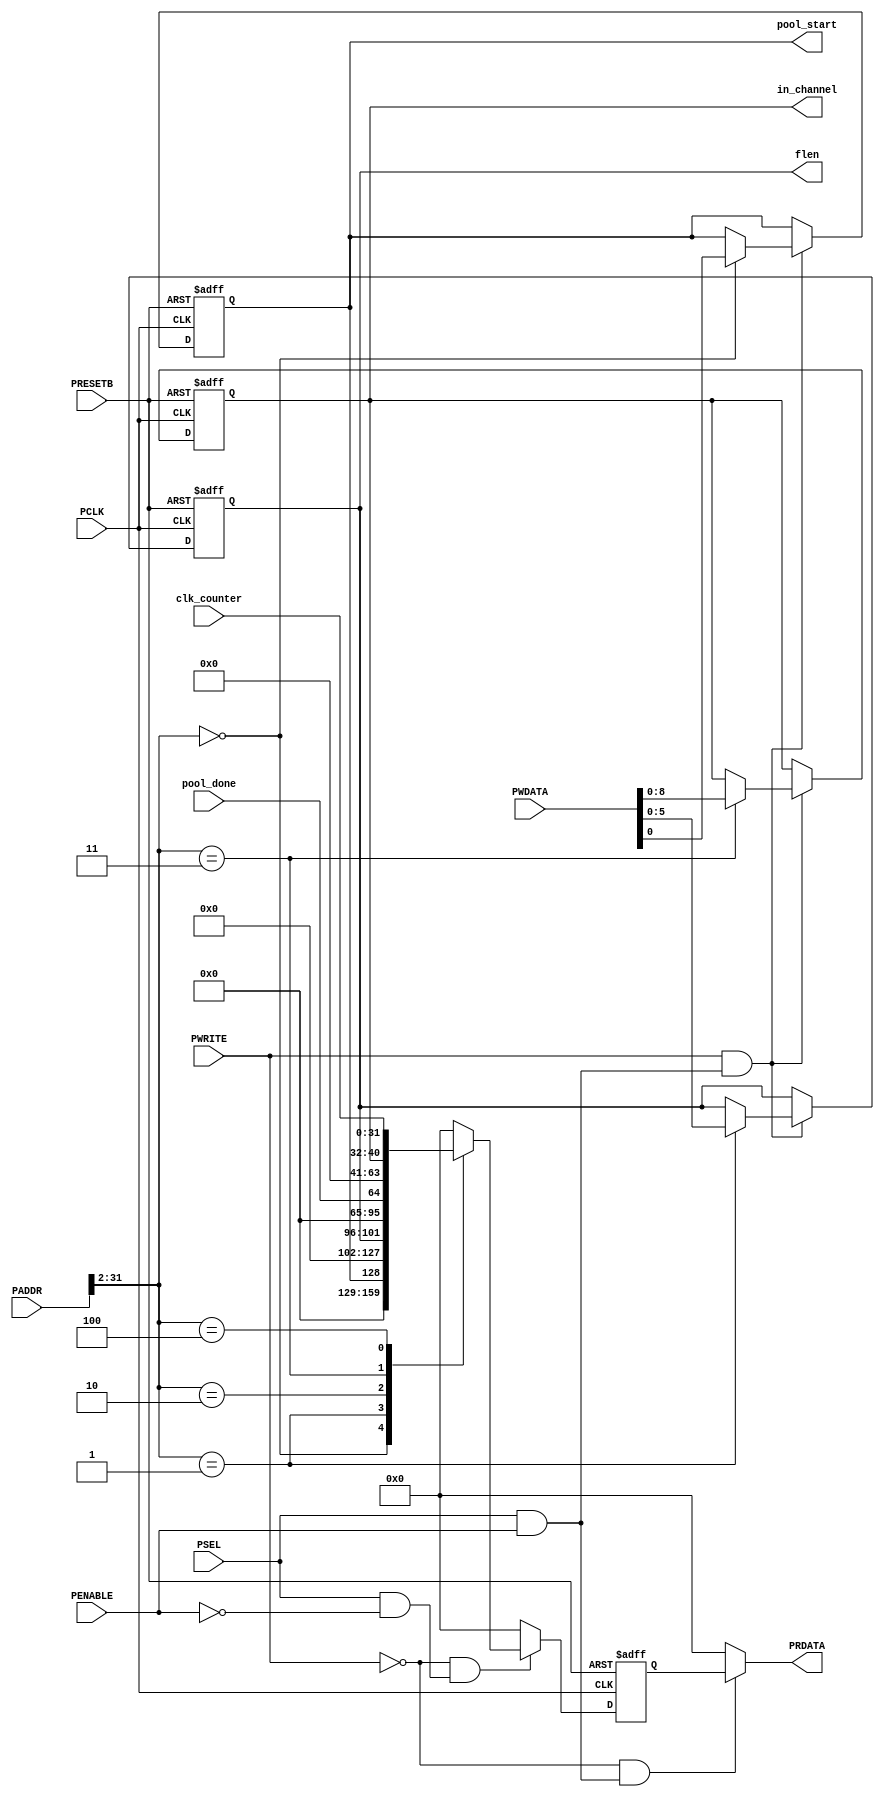
module apb_pool
 
    ( 
    // CPU Interface Input (APB bus interface) 
    input wire          PCLK,       // APB clock 
    input wire          PRESETB,    // APB asynchronous reset (0: reset, 1: normal) 
    input wire [31:0]   PADDR,      // APB address 
    input wire          PSEL,       // APB select 
    input wire          PENABLE,    // APB enable 
    input wire          PWRITE,     // APB write enable 
    input wire [31:0]   PWDATA,     // APB write data 
    input wire [31:0]   clk_counter,
    input wire [0:0]    pool_done,
    output reg [0:0]    pool_start,
    output reg [5:0]    flen,
    output reg [8:0]    in_channel,

    // CPU Interface Output (APB bus interface)
    output wire [31:0]  PRDATA 
    ); 

    wire              state_enable;
    wire              state_enable_pre;
    reg [31:0]        prdata_reg;
 
    assign state_enable = PSEL & PENABLE;
    assign state_enable_pre = PSEL & ~PENABLE;

    // READ OUTPUT
    always @(posedge PCLK, negedge PRESETB) begin
      if (PRESETB == 1'b0) begin
        prdata_reg <= 32'h00000000;
      end
      else begin
        if (~PWRITE & state_enable_pre) begin
          case ({PADDR[31:2], 2'h0})
            /*READOUT*/
            32'h00000000 : prdata_reg <= {31'h0,pool_start};
            32'h00000004 : prdata_reg <= flen;
            32'h00000008 : prdata_reg <= {31'd0,pool_done};
            32'h0000000C : prdata_reg <= in_channel;
            32'h00000010 : prdata_reg <= {clk_counter};

            default: prdata_reg <= 32'h0; 
          endcase 
        end 
        else begin 
          prdata_reg <= 32'h0; 
        end 
      end 
    end 

    assign PRDATA = (~PWRITE & state_enable) ? prdata_reg : 32'h00000000;

    // WRITE ACCESS 
    always @(posedge PCLK, negedge PRESETB) begin 
      if (PRESETB == 1'b0) begin 
        /*WRITERES*/
        pool_start <= 1'b0;
        flen <= 0;
        in_channel <= 0;
      end 
      else begin 
        if (PWRITE & state_enable) begin 
          case ({PADDR[31:2], 2'h0}) 
            /*WRITEIN*/
            32'h00000000 : begin
              pool_start <= PWDATA[0];
            end
            32'h00000004 : begin
              flen <= PWDATA[5:0];
            end
            32'h0000000C : begin
              in_channel <= PWDATA[8:0];
            end 
            default: ; 
          endcase 
        end 
      end 
    end 
 
endmodule